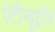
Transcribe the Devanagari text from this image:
एंटीन्यूट्रॉन